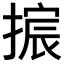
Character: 𫽴